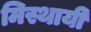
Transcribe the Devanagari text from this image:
मिस्थायी